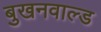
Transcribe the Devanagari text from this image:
बुखनवाल्ड